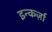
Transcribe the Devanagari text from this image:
इन्कर्ज़ा